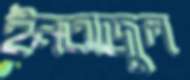
ইনতাজুল